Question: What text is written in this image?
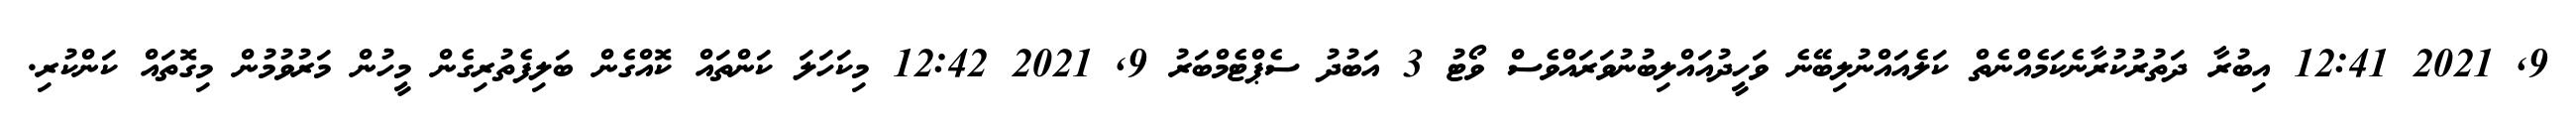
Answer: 9, 2021 12:41 އިބުރާ ދަތުރުކުރާނެކަމެއްނެތް ކަލެއައްނުލިބޭނެ ވަހީދުއައްލިބުނުވަރައްވެސް ވޯޓު 3 އަބުދު ސެޕްޓެމްބަރު 9, 2021 12:42 މިކަހަލަ ކަންތައް ކޮއްގެން ބަލިފެތުރިގެން މީހުން މަރުވުމުން މިގޮތައް ކަންކުރި.